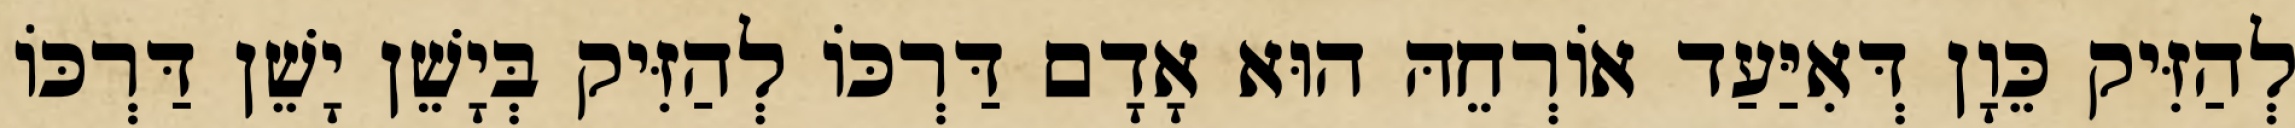
לְהַזִּיק כֵּוָן דְּאִיַּעַד אוֹרְחֵהּ הוּא אָדָם דַּרְכּוֹ לְהַזִּיק בְּיָשֵׁן יָשֵׁן דַּרְכּוֹ